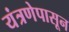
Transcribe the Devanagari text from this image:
यंत्रणेपासून